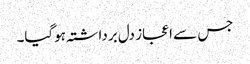
جس سے اعجاز دل برداشتہ ہوگیا۔